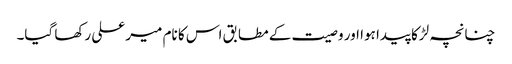
چنانچہ لڑکا پیدا ہوا اور وصیت کے مطابق اس کا نام میر علی رکھا گیا۔